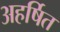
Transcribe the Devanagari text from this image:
अहर्षित